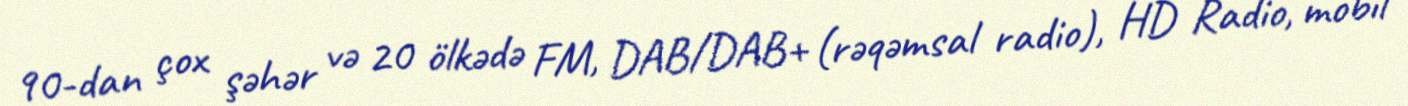
90-dan çox şəhər və 20 ölkədə FM, DAB/DAB+ (rəqəmsal radio), HD Radio, mobil